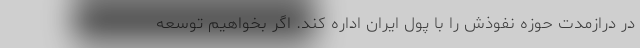
در درازمدت حوزه نفوذش را با پول ایران اداره کند. اگر بخواهیم توسعه